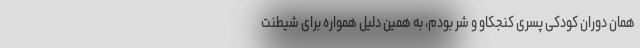
همان دوران کودکی پسری کنجکاو و شر بودم، به همین دلیل همواره برای شیطنت